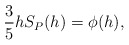
\begin{align*} \begin{aligned} \frac{3}{5}hS_P(h)=\phi(h), \end{aligned} \end{align*}